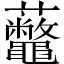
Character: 虌